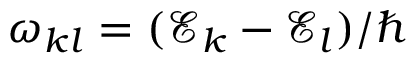
\omega _ { k l } = ( \mathcal { E } _ { k } - \mathcal { E } _ { l } ) / \hbar